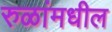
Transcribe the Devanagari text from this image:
रुळांमधील